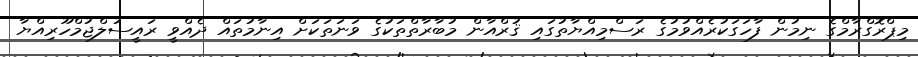
މިޕްރޮގްރާމްގެ ނިމުން ފާހަގަކުރެއްވުމުގެ ރަސްމިއްޔާތުގައި ޤުރްއާން މުބާރާތްތަކުގެ ވަނަތަކަށް އިނާމުތައް ދެއްވީ ރައީސުލްޖުމްހޫރިއްޔާ